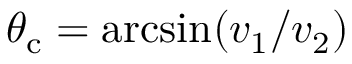
\theta _ { \mathrm { c } } = \arcsin ( v _ { 1 } / v _ { 2 } )